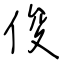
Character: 俊